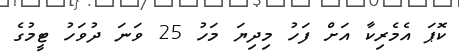
ކޮޕަ އެމެރިކާ އަށް ފަހު މިދިޔަ މަހު 25 ވަނަ ދުވަހު ޓީމުގެ